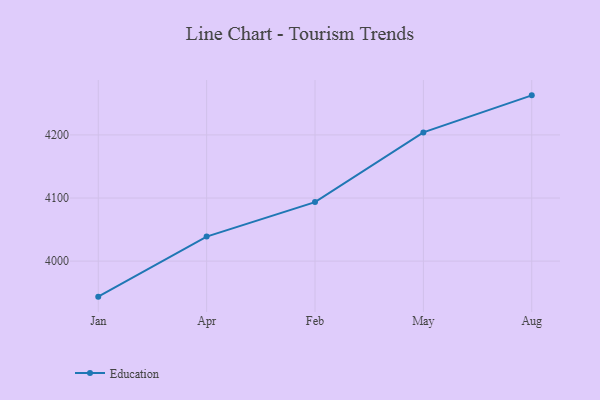
{"axis": {"x": "Month", "y": "Energy Usage (MWh)"}, "legend": ["Education"], "data": [{"x": "Jan", "y": 3943.7, "type": "Education"}, {"x": "Apr", "y": 4038.9, "type": "Education"}, {"x": "Feb", "y": 4093.5, "type": "Education"}, {"x": "May", "y": 4204.0, "type": "Education"}, {"x": "Aug", "y": 4262.7, "type": "Education"}]}